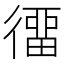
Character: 𢔲